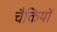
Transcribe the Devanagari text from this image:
चैकियों